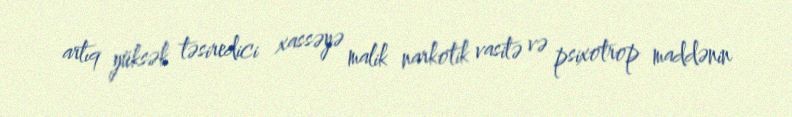
artıq yüksək təsiredici xassəyə malik narkotik vasitə və psixotrop maddənin